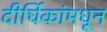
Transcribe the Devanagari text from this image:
दीर्घिकांमधून